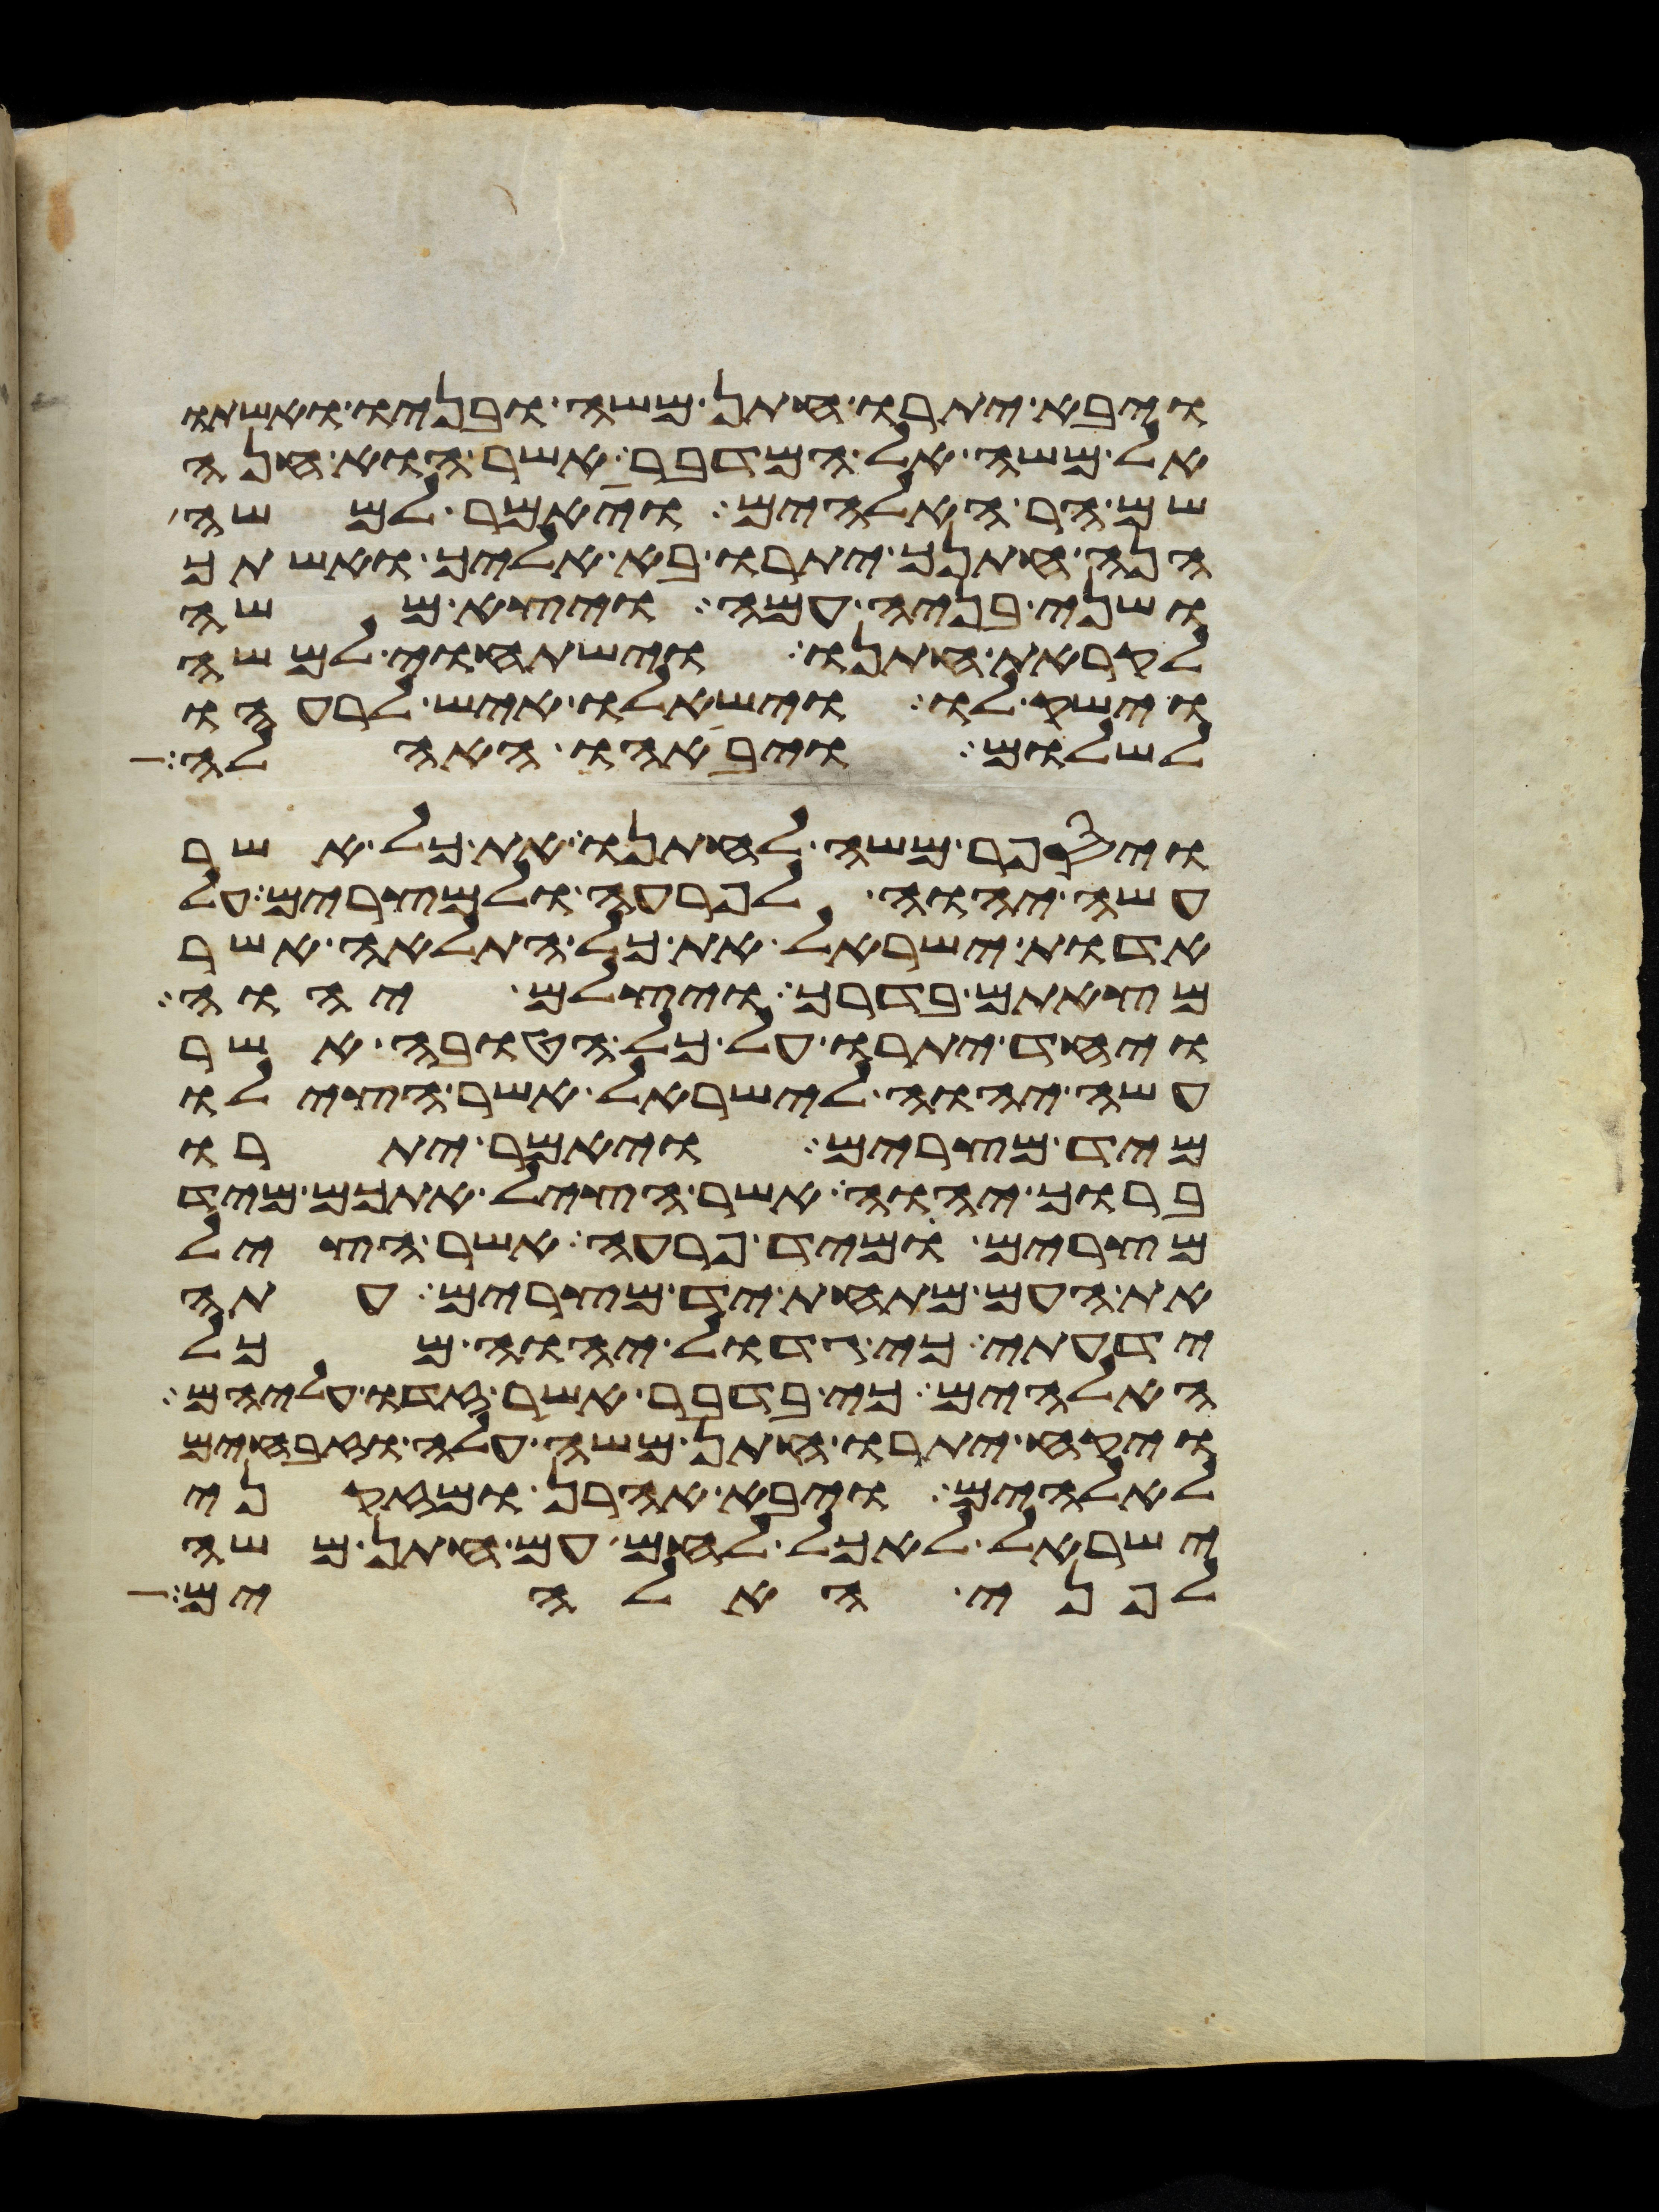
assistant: ויבא יתרו חתן משה ובניו ואשתו
אל משה אל המדבר אשר הוא חנה
שם הר האלהים ויאמר למשה
הנה חתנך יתרו בא אליך ואשתך
ושני בניה עמה ויצא משה
לקראת חתנו וישתחוי למשה
וישק לו וישאלו איש לרעהו
לשלום ויבאהו האהלה
ויספר משה לחתנו את כל אשר
עשה יהוה לפרעה ולמצרים על
אדות ישראל את כל התלאה אשר
מצאתם בדרך ויצלם יהוה
ויחד יתרו על כל הטובה אשר
עשה יהוה לישראל אשר הצילו
מיד מצרים ויאמר יתרו
ברוך יהוה אשר הציל אתכם מיד
מצרים ומיד פרעה אשר הציל
את העם מתחת יד מצרים עתה
ידעתי כי גדול יהוה מכל
האלהים כי בדבר אשר זדו עליהם
ויקח יתרו חתן משה עלה וזבחים
לאלהים ויבא אהרן ומזקני
ישראל לאכל לחם עם חתן משה
לפני האלהים